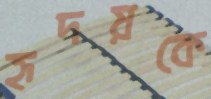
হৃদয়কে